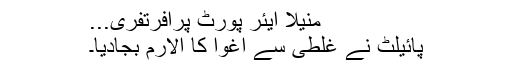
منیلا ایئر پورٹ پرافرتفری...
پائیلٹ نے غلطی سے اغوا کا الارم بجادیا۔